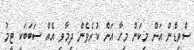
ސްވިޑްން އަށް މިކަން މިހާ އަށް ކުރެވެން ދިމާވި އެއް ސަބަބަކީ ޓީމު